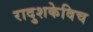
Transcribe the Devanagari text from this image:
रादुशकेविच